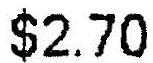
$2.70